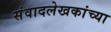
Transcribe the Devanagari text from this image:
संवादलेखकांच्या